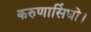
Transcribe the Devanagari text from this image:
करुणासिंधो।